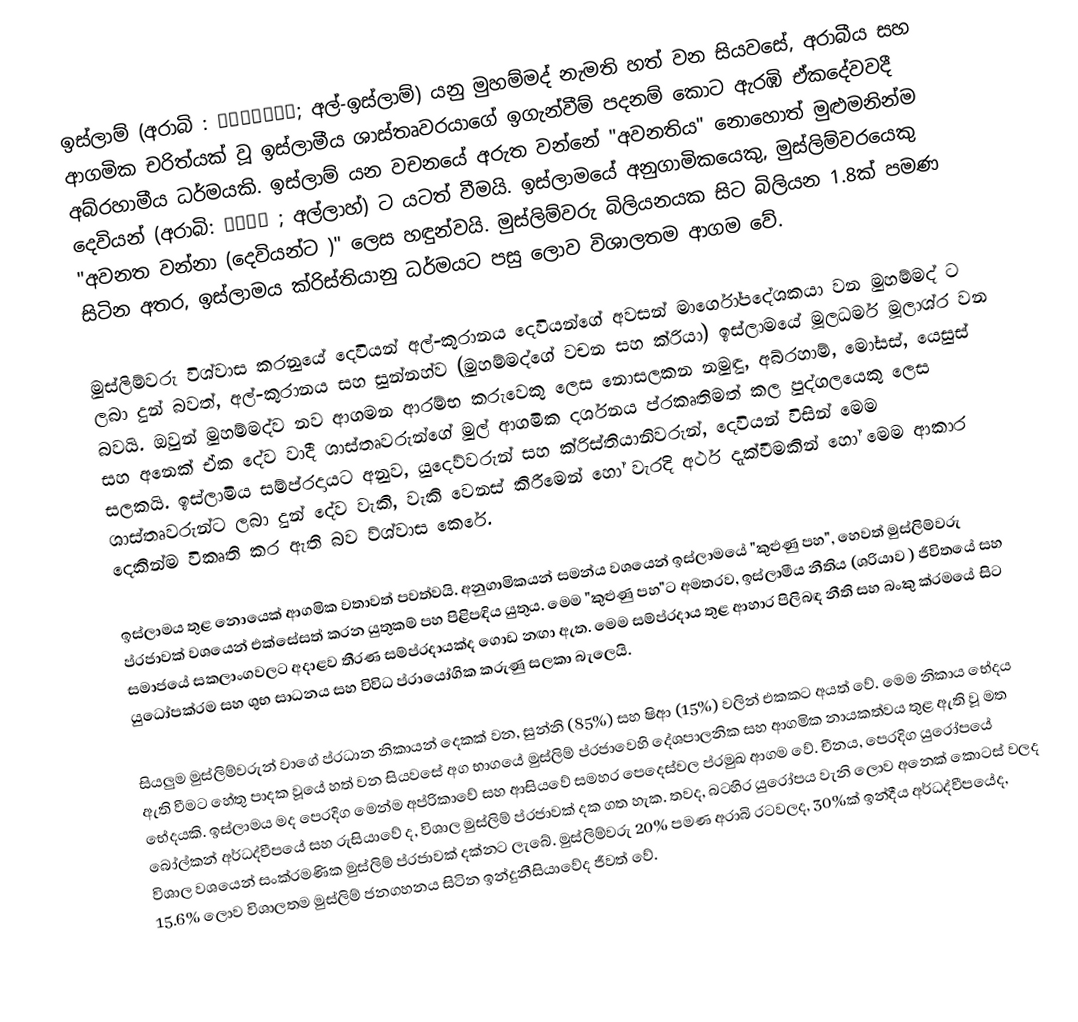
ඉස්ලාම් (අරාබි : الإسلام; අල්-ඉස්ලාම්) යනු මුහම්මද් නැමති හත් වන සියවසේ, අරාබීය සහ ආගමික චරිත්යක් වූ ඉස්ලාමීය ශාස්තෘවරයාගේ ඉගැන්වීම් පදනම් කොට ඇරඹි ඒකදේවවදී අබ්රහාමීය ධර්මයකි. ඉස්ලාම් යන වචනයේ අරුත වන්නේ "අවනතිය" නොහොත් මුළුමනින්ම දෙවියන් (අරාබි: الله ; අල්ලාහ්) ට යටත් වීමයි. ඉස්ලාමයේ අනුගාමිකයෙකු, මුස්ලිම්වරයෙකු "අවනත වන්නා (දෙවියන්ට )" ලෙස හඳුන්වයි. මුස්ලිම්වරු බිලියනයක සිට බිලියන 1.8ක් පමණ සිටින අතර, ඉස්ලාමය ක්රිස්තියානු ධර්මයට පසු ලොව විශාලතම ආගම වේ.

මුස්ලිම්වරු විශ්වාස කරනුයේ දෙවියන් අල්-කුරානය දෙවියන්ගේ අවසන් මාර්ගෝපදේශකයා වන මුහම්මද් ට ලබා දුන් බවත්, අල්-කුරානය සහ සුන්නහ්ව (මුහම්මද්ගේ වචන සහ ක්රියා) ඉස්ලාමයේ මූලධර්ම මූලාශ්ර වන බවයි. ඔවුන් මුහම්මද්ව නව ආගමන ආරම්භ කරුවෙකු ලෙස නොසලකන නමුඳු, අබ්රහාම්, මෝසස්, යෙසුස් සහ අනෙක් ඒක දේව වාදී ශාස්තෘවරුන්ගේ මුල් ආගමික දර්ශනය ප්රකෘතිමත් කල පුද්ගලයෙකු ලෙස සලකයි. ඉස්ලාමිය සම්ප්රදායට අනුව, යුදෙව්වරුන් සහ ක්රිස්තියානිවරුන්, දෙවියන් විසින් මෙම ශාස්තෘවරුන්ට ලබා දුන් දේව වැකි, වැකි වෙනස් කිරීමෙන් හෝ වැරදි අර්ථ දැක්වීමකින් හෝ මෙම ආකාර දෙකින්ම විකෘති කර ඇති බව ව්ශ්වාස කෙරේ.

ඉස්ලාමය තුළ නොයෙක් ආගමික වතාවත් පවත්වයි. අනුගාමිකයන් සමන්ය වශයෙන් ඉස්ලාමයේ "කුළුණු පහ", හෙවත් මුස්ලිම්වරු ප්රජාවක් වශයෙන් එක්සේසත් කරන යුතුකම් පහ පිළිපඳිය යුතුය. මෙම "කුළුණු පහ"ට අමතරව, ඉස්ලාමීය නීතිය (ශරියාව ) ජීවිතයේ සහ සමාජයේ සකලාංගවලට අදාළව තීරණ සම්ප්රදායක්ද ගොඩ නඟා ඇත. මෙම සම්ප්රදාය තුළ ආහාර පිලිබඳ නීති සහ බංකු ක්රමයේ සිට  යුධෝපක්රම සහ ශුභ සාධනය සහ විවිධ ප්රායෝගික කරුණු සලකා බැලෙයි.

සියලුම මුස්ලිම්වරුන් වාගේ ප්රධාන නිකායන් දෙකක් වන, සුන්නි (85%) සහ ෂිආ (15%) වලින් එකකට අයත් වේ. මෙම නිකාය භේදය ඇති වීමට හේතු පාදක වූයේ හත් වන සියවසේ අග භාගයේ මුස්ලිම් ප්රජාවෙහි දේශපාලනික සහ ආගමික නායකත්වය තුළ ඇති වූ මත භේදයකි. ඉස්ලාමය මද පෙරදිග මෙන්ම අප්රිකාවේ සහ ආසියවේ සමහර පෙදෙස්වල ප්රමුඛ ආගම වේ. චීනය, පෙරදිග යුරෝපයේ බෝල්කන් අර්ධද්වීපයේ සහ රුසියාවේ ද, විශාල මුස්ලිම් ප්රජාවක් දක ගත හැක. තවද, බටහිර යුරෝපය වැනි ලොව අනෙක් කොටස් වලද විශාල වශයෙන් සංක්රමණික මුස්ලිම් ප්රජාවක් දක්නට ලැබේ. මුස්ලිම්වරු 20% පමණ අරාබි රටවලද, 30%ක් ඉන්දීය අර්ධද්වීපයේද, 15.6% ලොව විශාලතම මුස්ලිම් ජනගහනය සිටින ඉන්දුනීසියාවේද ජීවත් වේ.